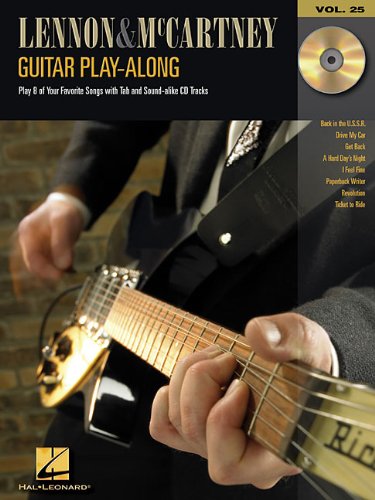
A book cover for Lennon and McCartney: Guitar Play-Along Volume 25; John Lennon; Humor & Entertainment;